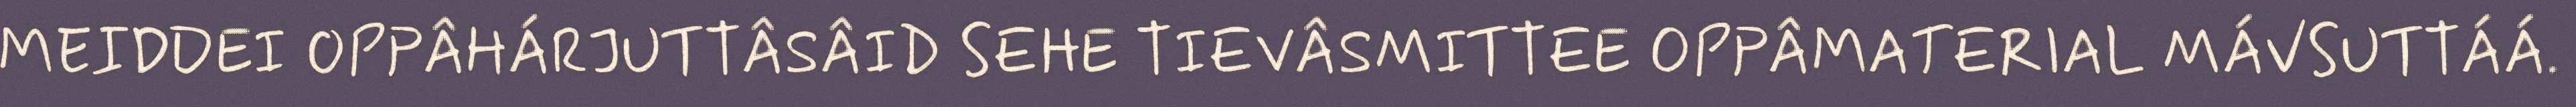
MEIDDEI OPPÂHÁRJUTTÂSÂID SEHE TIEVÂSMITTEE OPPÂMATERIAL MÁVSUTTÁÁ.